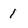
Character: 1